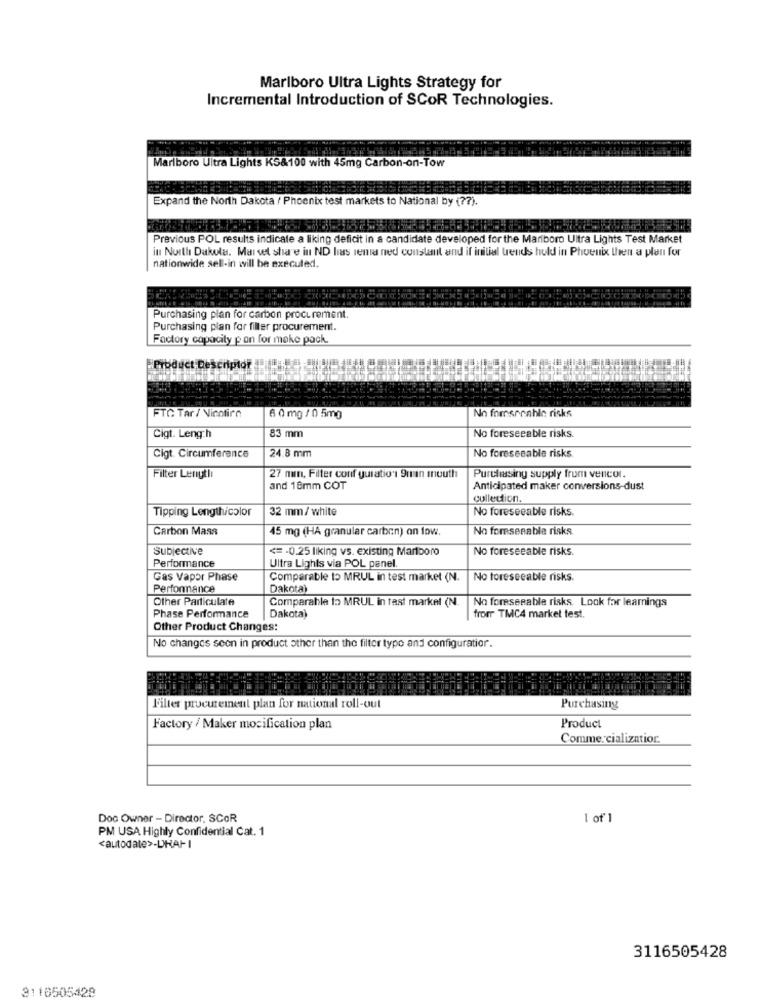
Marlboro Ultra Lights Strategy for
Incremental Introduction of SCOR Technologies.
Marlboro Ultra Lights KS&100 with 45mg Carbon-on-Tow
Expand the North Dakota / Phoenix test markets to National by (?).
Previous POL results indicate a liking deficit in a candidate developed for the Mariboro Ultra Lights Test Market
in North Dakota. Marvel share in ND has rema ned constant and if initial trends hold in Phoenix then a plan for
nationwide sell-in will be executed.
Purchasing plan for carbon procurement.
Purchasing plan for filler procurement.
Factory capacity pan for moke pack.
Product Desenptof
FTC Tar / Nicotirn
6 0 mg / 0 5mg
No forsronhin risks
83 mm
Cigt. Length
No foreseeable risks.
Cigt. Circumference
24.8 mm
No foreseeable risks.
Purchasing supply from vencor.
Filter Lengtli
27 nun, Filter conf guration1 9man mouth
and 18mm COT
Anticipated maker conversions-dust
collection.
Tipping Lengthicolor
32 mm/ white
No foreseeable risks.
Carbon Mass
45 mg (HA granular carbon) on low.
No foreseeable risks.
Subjective
<=- 0.25 liking vs. existing Marlboro
No foreseeable risks.
Performance
Ultra Lights via POL panel.
Gas Vapor Phase
Comparable to MRUL in test market (N.
No foreseeable risks.
Performance
Dakota)
Other Particulate
Comparable to MRUL in tast market (N.
No foreseeable risks. Look for learnings
Phase Performance
Dakota)
from TMC4 market test.
Other Product Changes:
No changes seon in product other than the filter type and configuratior.
Filter procurement plan for national roll-out
Purchasing
Factory / Maker mocification plan
Product
Comme cializatior.
Doc Owner - Director, SCOR
1 of 1
PM USA Highly Confidential Cat. 1
<autodate>-DHAHI
3116505428
3110505428